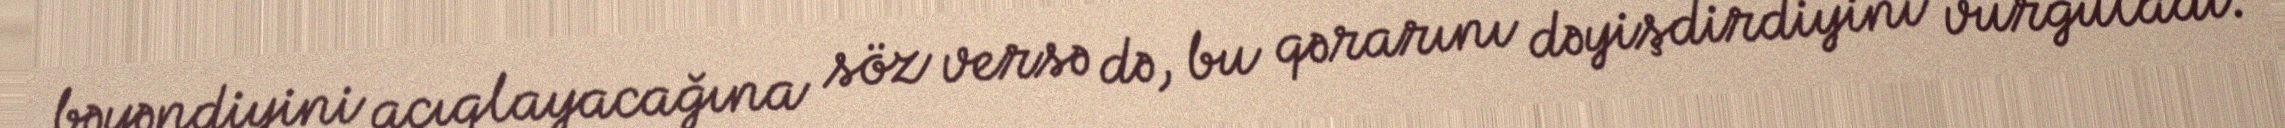
bəyəndiyini açıqlayacağına söz versə də, bu qərarını dəyişdirdiyini vurğuladı.